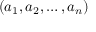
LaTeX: ( a _ { 1 } , a _ { 2 } , \ldots , a _ { n } )